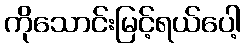
ကိုသောင်းမြင့်ရယ်ပေါ့